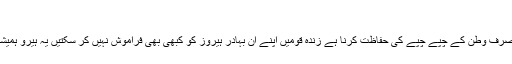
یہ ہیں پاکستان کے وہ بہادر سپوت
جو نہ گولیوں سے ڈرتے ہیں نہ بارود سے جن کا مقصد صرف وطن کے چپے چپے کی حفاظت کرنا ہے زندہ قومیں اپنے ان بہادر ہیروز کو کبھی بھی فراموش نہیں کر سکتیں یہ ہیرو ہمیشہ زندہ رہتے ہیں ان کا نام تاریخ میں ہمیشہ زندہ رہے گا ۔